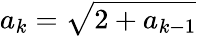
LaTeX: a_{k}={\sqrt{2+a_{k-1}}}